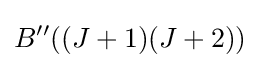
B''((J+1)(J+2))